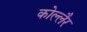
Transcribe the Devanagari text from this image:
कोल्लैर